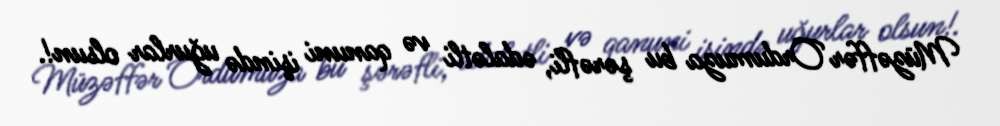
Müzəffər Ordumuza bu şərəfli, ədalətli və qanuni işində uğurlar olsun!.